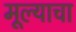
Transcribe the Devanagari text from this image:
मूल्याचा